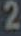
2